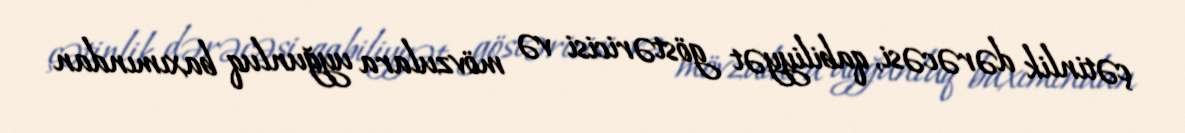
çətinlik dərəcəsi, qabiliyyət göstəricisi və mövzulara uyğunluq baxımından